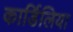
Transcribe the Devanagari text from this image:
कार्डिलिया